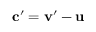
\mathbf c ^ { \prime } = \mathbf v ^ { \prime } - \mathbf u